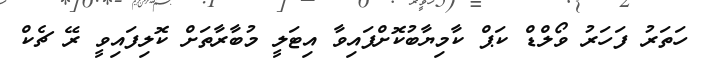
ހަތަރު ފަހަރު ވޯލްޑް ކަޕް ކާމިޔާބުކޮށްފައިވާ އިޓަލީ މުބާރާތަށް ކޮލިފައިވީ ރޭ ޗެކް